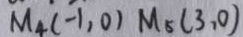
M _ { 4 } ( - 1 , 0 ) M _ { 5 } ( 3 , 0 )